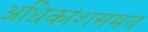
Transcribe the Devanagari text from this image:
अधिकांशसमय